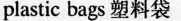
plastic bags塑料袋